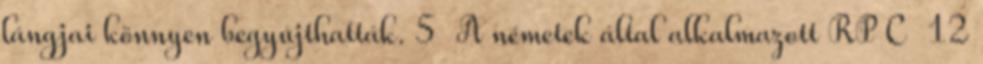
lángjai könnyen begyújthatták. 5 A németek által alkalmazott RP C 12